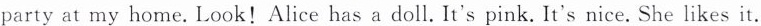
party at my home. Look!Alice has a doll. It's pink. It's nice. She likes it.